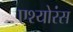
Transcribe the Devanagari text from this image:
एश्योरंस